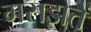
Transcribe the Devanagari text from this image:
मसझते